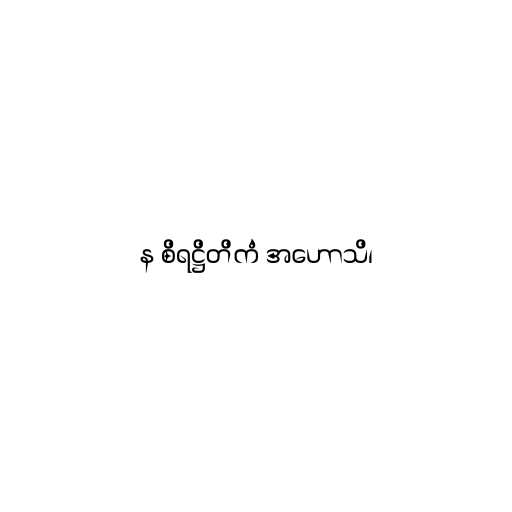
န စိရဋ္ဌိတိကံ အဟောသိ၊